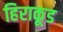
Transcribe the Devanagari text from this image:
हिराकूड